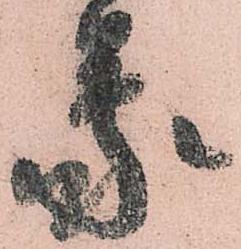
蒙